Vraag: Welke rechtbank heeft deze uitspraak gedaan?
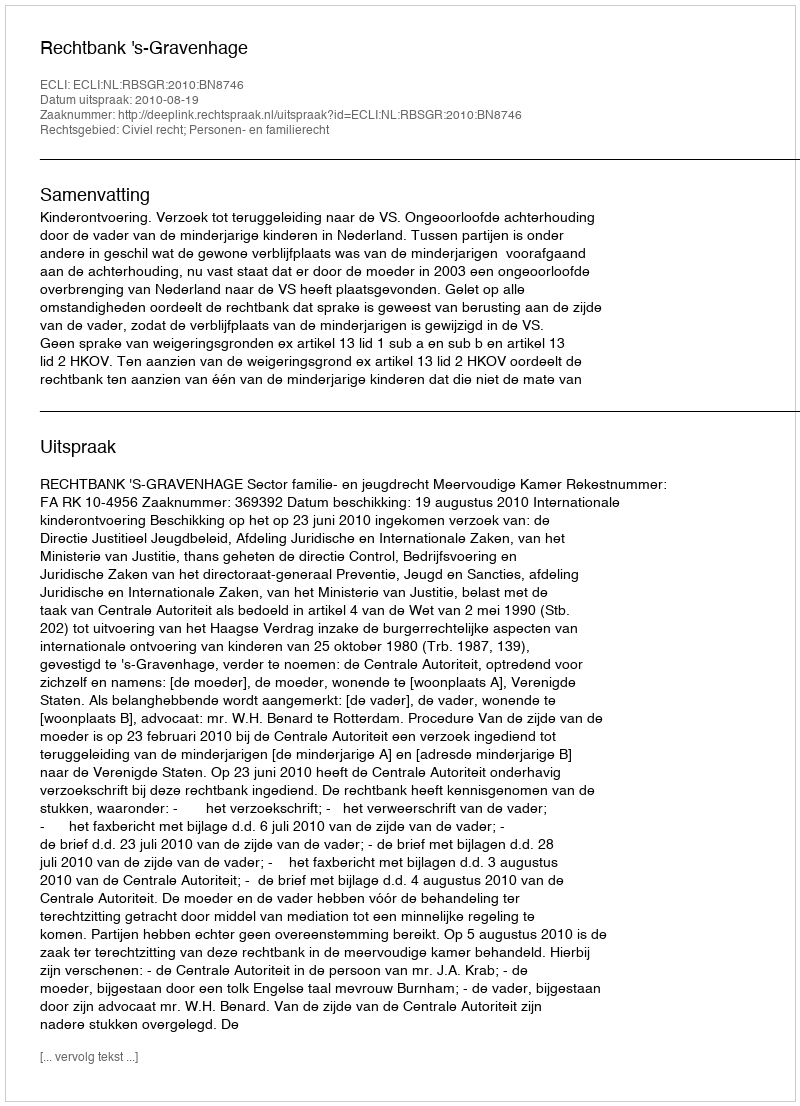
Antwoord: Rechtbank 's-Gravenhage